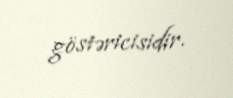
göstəricisidir.